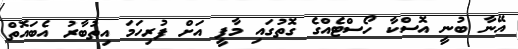
އޭނާ ބުނީ އޮސްކާ ހޯސްޓެއްގެ ގޮތުގައި މާފީ އަށް ފުރިހަމަ އިތުބާރު އެބައޮތް